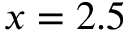
x = 2 . 5